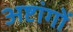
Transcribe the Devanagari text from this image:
अष्टांगों